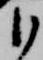
臣